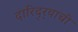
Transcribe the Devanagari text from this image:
दारिद्‌र्‍याची